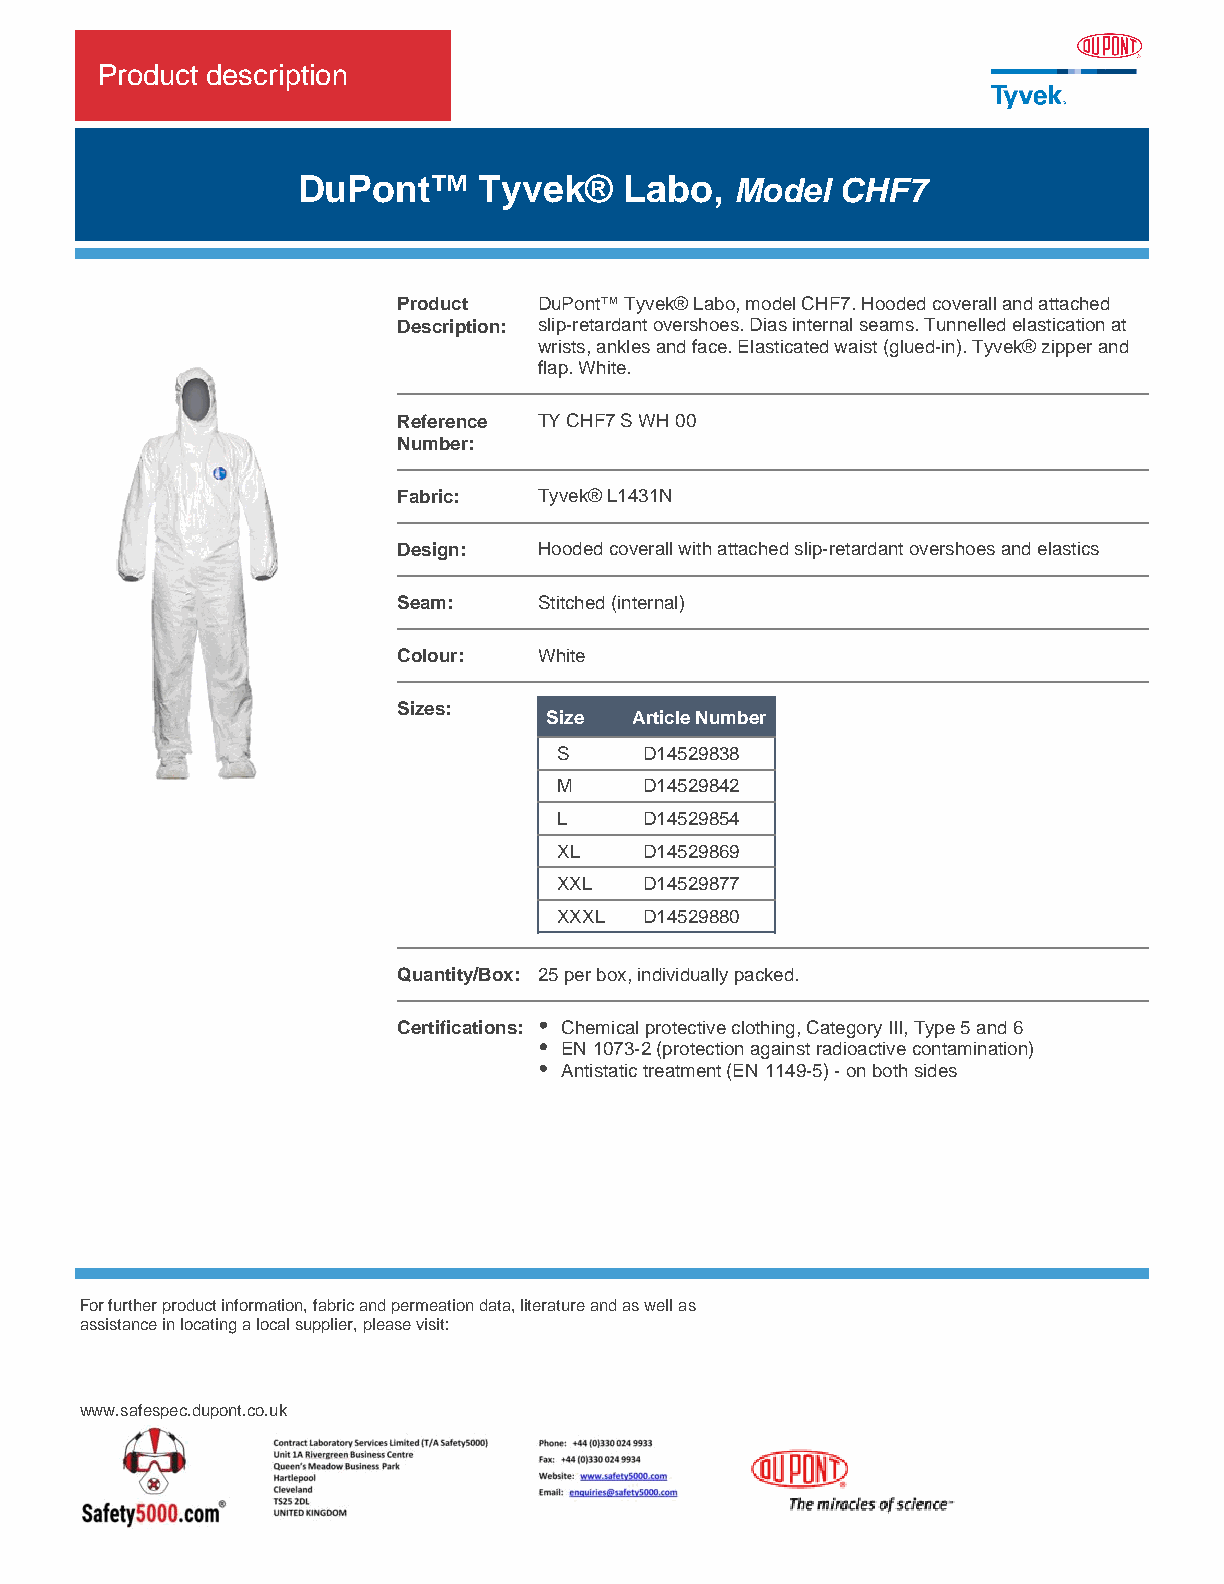
Product description
 DuPont™     Tyvek®   Labo,   Model  CHF7
 Product   DuPont™ Tyvek® Labo, model CHF7. Hooded coverall and attached
 Description: slip-retardant overshoes. Dias internal seams. Tunnelled elastication at
 wrists, ankles and face. Elasticated waist (glued-in). Tyvek® zipper and
 flap. White.
 Reference TY CHF7 S WH 00
 Number:
 Fabric:   Tyvek® L1431N
 Design:   Hooded coverall with attached slip-retardant overshoes and elastics
 Seam:     Stitched (internal)
 Colour:   White
 Sizes:
 Size  Article Number
 S     D14529838
 M     D14529842
 L     D14529854
 XL    D14529869
 XXL   D14529877
 XXXL  D14529880
 Quantity/Box: 25 per box, individually packed.
 Certifications: Chemical protective clothing, Category III, Type 5 and 6
 EN 1073-2 (protection against radioactive contamination)
 Antistatic treatment (EN 1149-5) - on both sides
 For further product information, fabric and permeation data, literature and as well as DuPont Personal Protection
 assistance in locating a local supplier, please visit: DuPont de Nemours (Luxembourg) S.àr.l.
 L-2984 Luxembourg
 Tel.: +800 3666 6666 (international toll-free)
 Fax: +352 3666 5071
 E-mail: personal.protection@lux.dupont.com
 www.safespec.dupont.co.uk
 The footnotes can be found on the SafeSPEC™ website.
 Copyright © 2017 DuPont. All rights reserved. The DuPont Oval Logo, DuPont™, The miracles of science™ and
 all products denoted with ® or ™ are registered trademarks or trademarks of E. I. du Pont de Nemours and
 Company or its affiliates.
 Product_Description_1120_EN.pdf Printed on : February 23, 2017